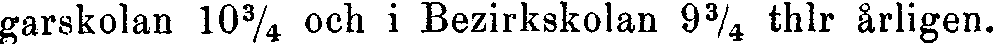
garskolan 10¾ och i Bezirkskolan 9¾ thlr årligen.